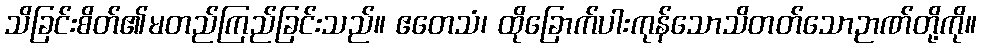
သိခြင်းစိတ်၏မတည်ကြည်ခြင်းသည်။ ဧတေသံ၊ ထိုခြောက်ပါးကုန်သောသိတတ်သောဉာဏ်တို့ကို။